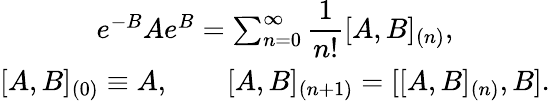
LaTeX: \begin{array}{c}{{e^{-B}Ae^{B}=\sum_{n=0}^{\infty}\displaystyle\frac 1{n!}[A,B]_{(n)},}}\\ {{{}[A,B]_{(0)}\equiv A,\qquad[A,B]_{(n+1)}=[[A,B]_{(n)},B].}}\end{array}